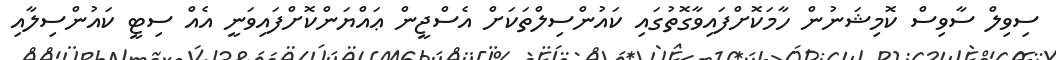
ސިވިލް ސާވިސް ކޮމިޝަނުން ހާމަކޮށްފައިވާގޮތުގައި ކައުންސިލްތަކަށް އެސްޖީން ޢައްޔަންކޮށްފައިވަނީ އެއް ސިޓީ ކައުންސިލާއި